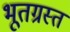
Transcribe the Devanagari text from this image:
भूतग्रस्त